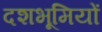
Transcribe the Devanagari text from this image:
दशभूमियों